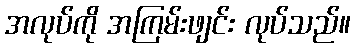
အလုပ်ကို အကြမ်းဖျင်း လုပ်သည်။